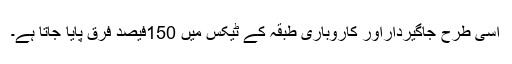
اسی طرح جاگیرداراور کاروباری طبقہ کے ٹیکس میں 150فیصد فرق پایا جاتا ہے۔